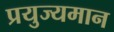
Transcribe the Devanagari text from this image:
प्रयुज्यमान